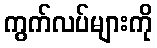
ကွက်လပ်များကို